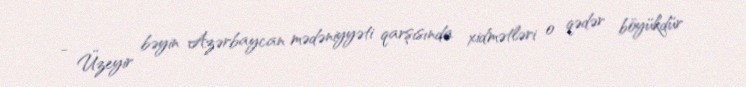
- Üzeyir bəyin Azərbaycan mədəniyyəti qarşısında xidmətləri o qədər böyükdür